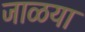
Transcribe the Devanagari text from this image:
जाळया